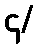
၄/